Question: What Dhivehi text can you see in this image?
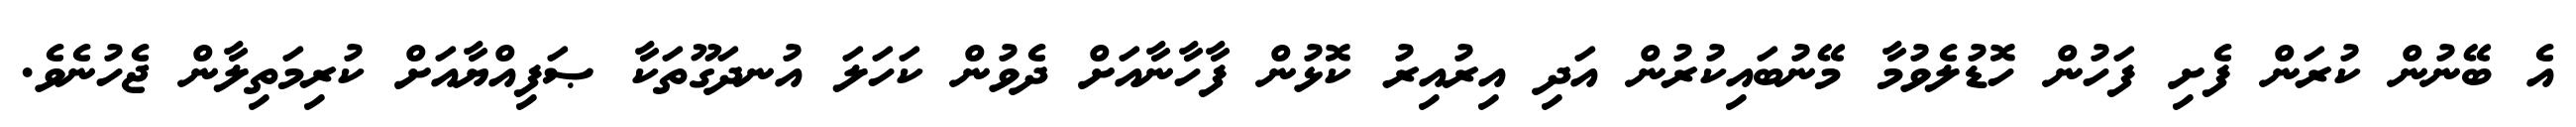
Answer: އެ ބޭނުން ކުރަން ފެށި ފަހުން ހޮޑުލެވުމާ މޭނުބައިކުރުން އަދި އިރުއިރު ކޮޅުން ފާހާނާއަށް ދެވުން ކަހަލަ އުނދަގޫތަކާ ޞަފިއްޔާއަށް ކުރިމަތިލާން ޖެހުނެވެ.